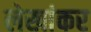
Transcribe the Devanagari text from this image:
लेखांकर